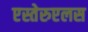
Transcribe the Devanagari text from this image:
एस्तेरुएलस